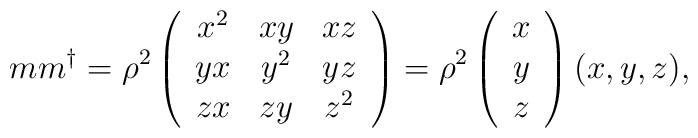
m m^{\dagger} = \rho^2 \left( \begin{array}{ccc} x^2 & xy & xz \\   yx & y^2 & yz \\ zx & zy & z^2 \end{array} \right)   = \rho^2 \left( \begin{array}{c} x \\ y \\ z \end{array} \right)   (x, y, z),